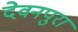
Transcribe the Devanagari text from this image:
देवनपुरा